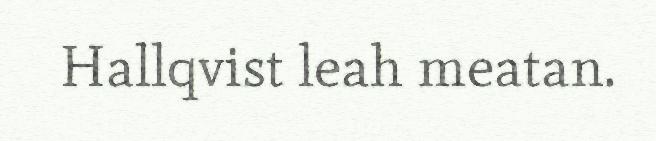
Hallqvist leah meatan.